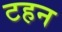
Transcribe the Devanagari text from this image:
टहन